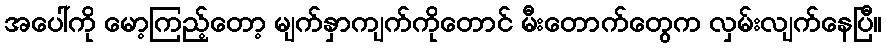
အပေါ်ကို မော့ကြည့်တော့ မျက်နှာကျက်ကိုတောင် မီးတောက်တွေက လှမ်းလျက်နေပြီ။